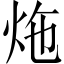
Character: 炧